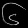
Digit: ၆